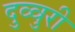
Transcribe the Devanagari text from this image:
दुव्वुरी